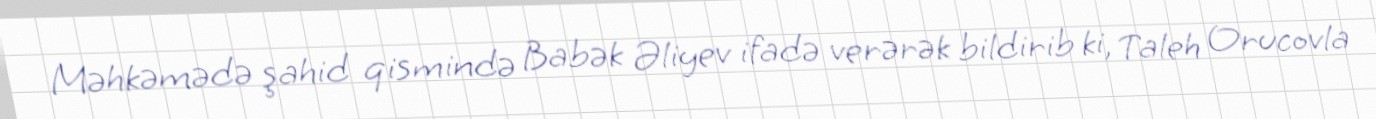
Məhkəmədə şahid qismində Babək Əliyev ifadə verərək bildirib ki, Taleh Orucovla